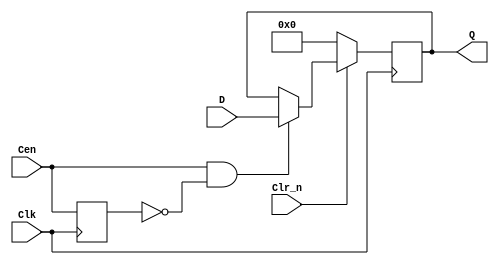
//ttl_74174_sync.v
// Hex D flip-flop with clear (asynchronous); positive-edge-triggered
`default_nettype none
`timescale 1ns/1ps

module ttl_74174_sync #(parameter BLOCKS = 6)
( 
    input wire Clk,
    //(*direct_enable*) input wire Cen,
    input wire Cen,
    input wire Clr_n,
    input wire [BLOCKS-1:0] D,
    output wire [BLOCKS-1:0] Q
);
    //------------------------------------------------//
    reg [BLOCKS-1:0] Q_current;
    reg last_cen;

    initial last_cen = 1'b1;

    initial Q_current = {(BLOCKS){1'b0}};
    always @(posedge Clk)
    begin
        last_cen <= Cen;

        if (!Clr_n) //pseudo asynchronous clear
            Q_current <= {(BLOCKS){1'b0}};
        else
        if (Cen && !last_cen) //detect rising edge of Cen
        begin
            Q_current <= D;
        end
        else begin
            Q_current <= Q_current;
        end
    end
    //------------------------------------------------//
    assign Q = Q_current;

endmodule